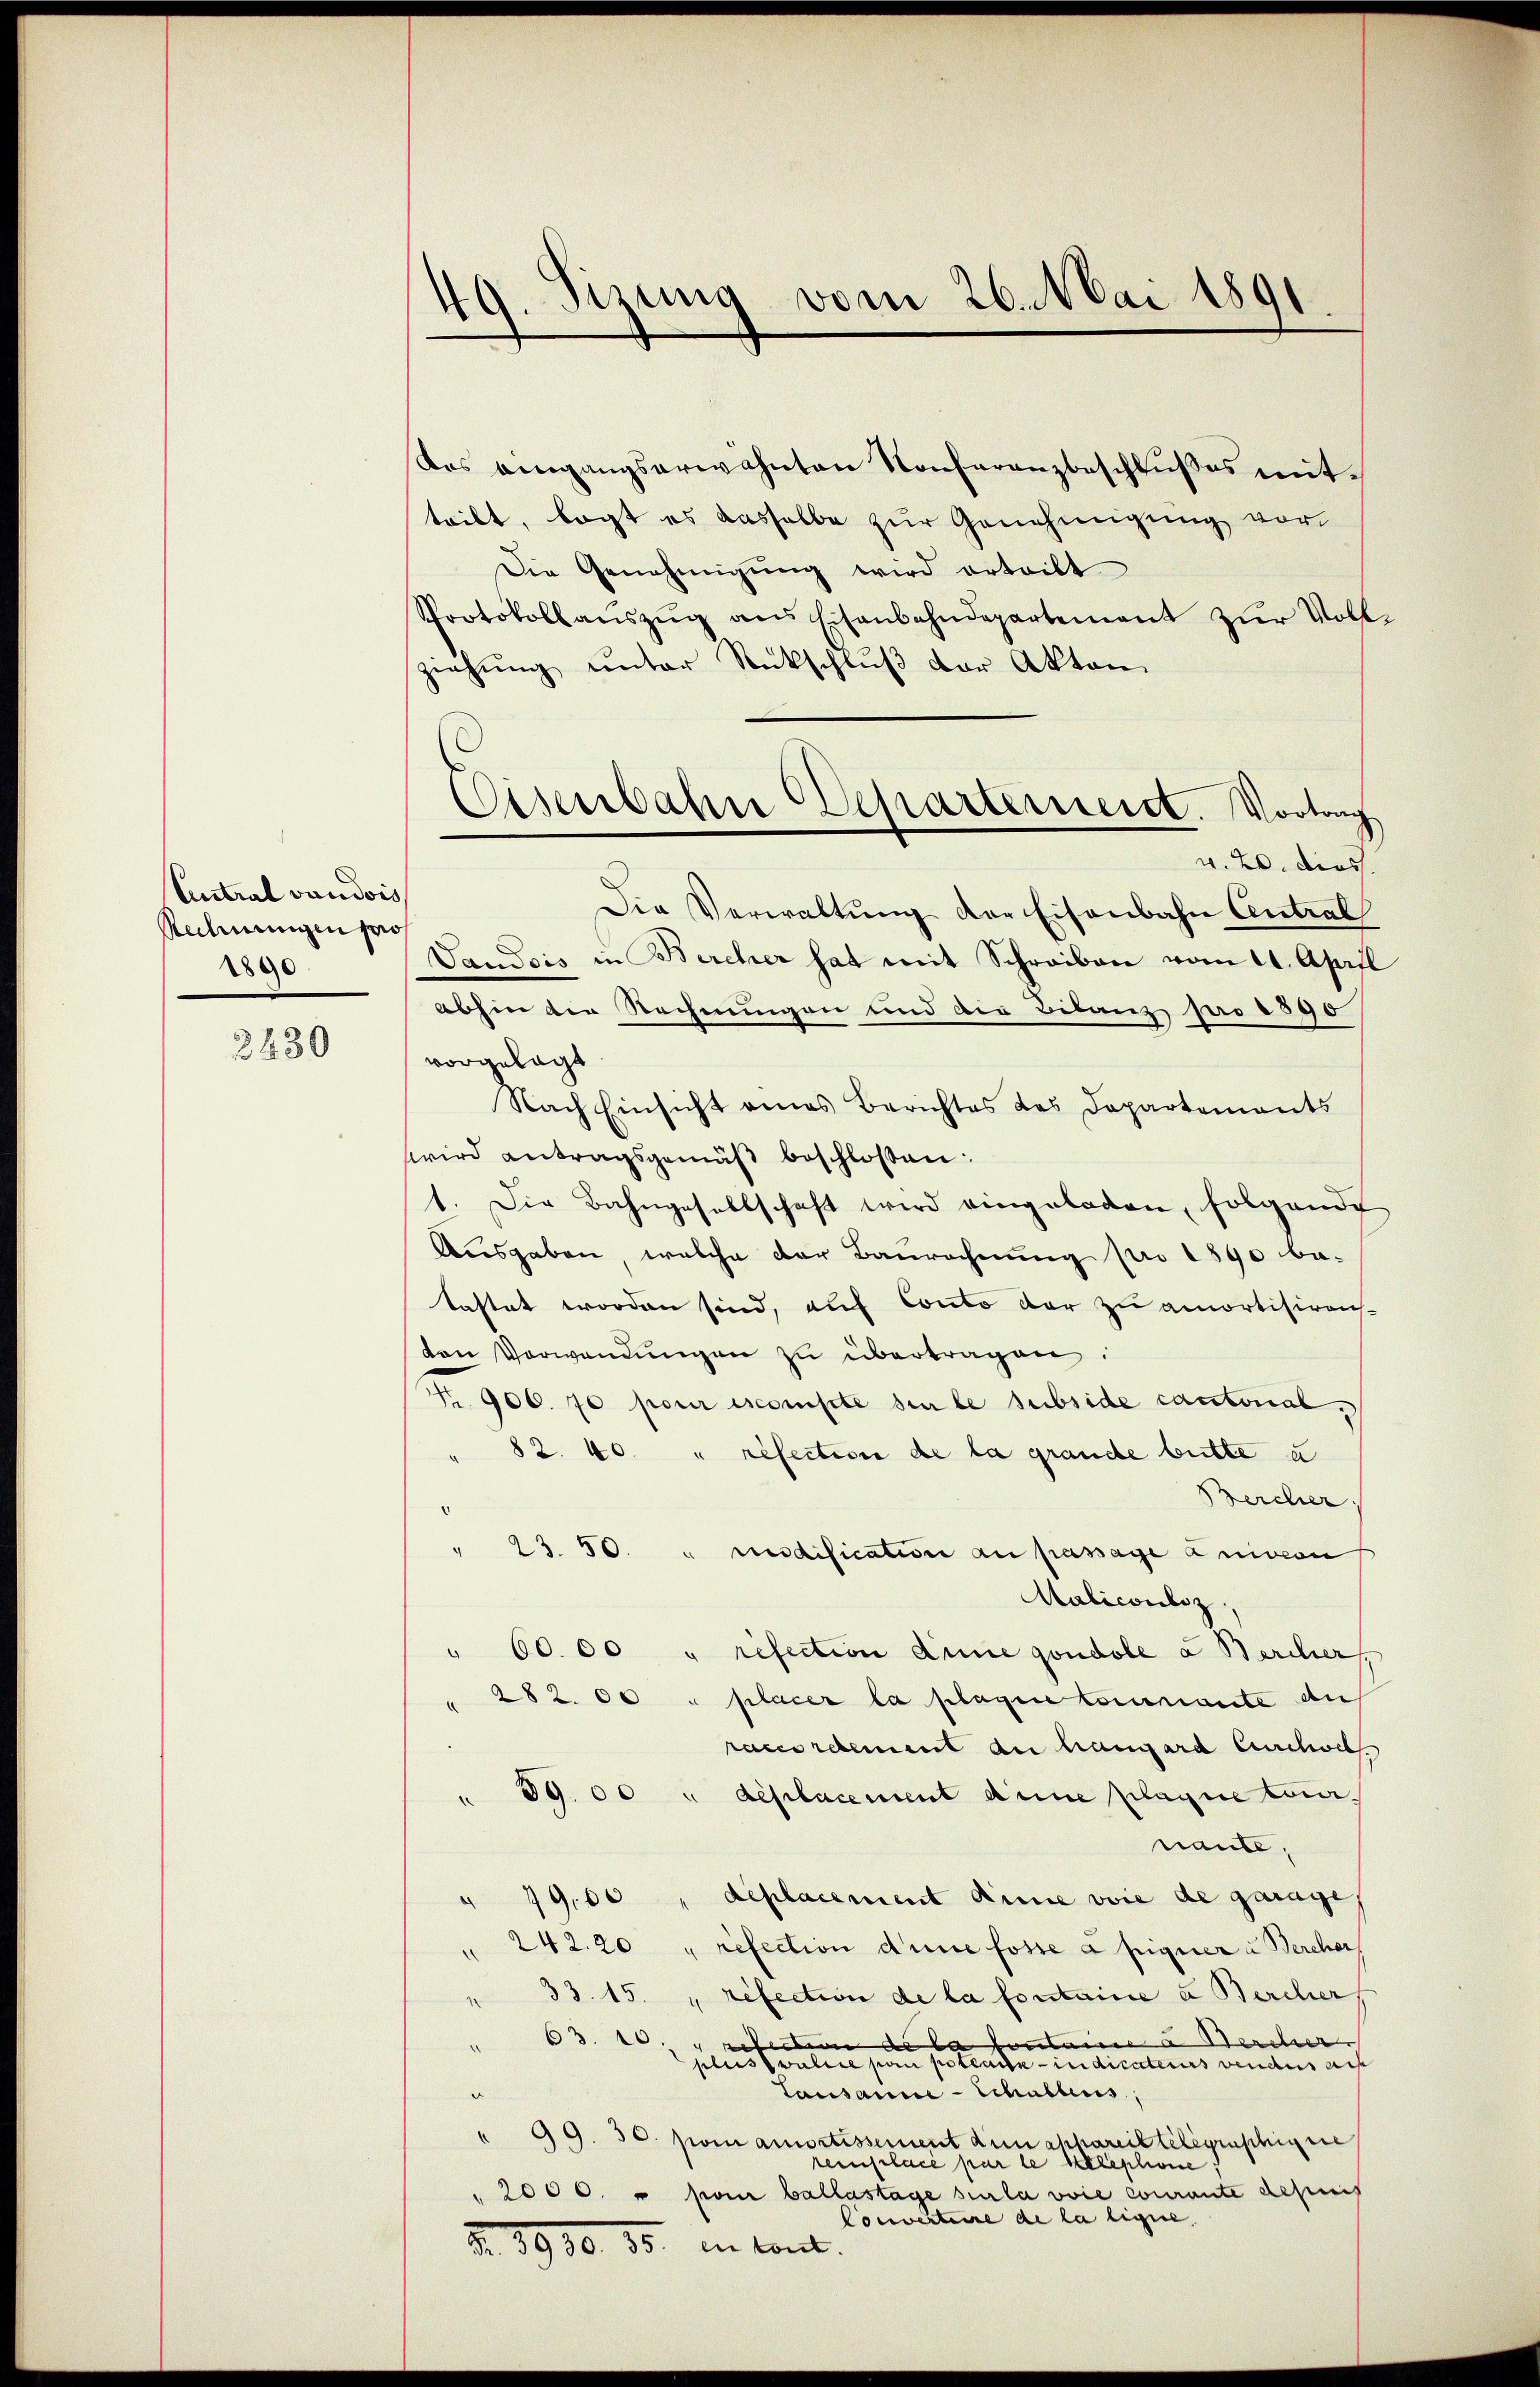
Central vaudois
Rechnungen pro
1800

3430

49. Sizung vom 26. Mai 1891
.

das Umgangserwähnten Konferenzbeschlußes mitteibt, legt es dasselbe zur Genehmigung vor
Die Genehmigŭng wird ertritt
Protokollaŭszŭg ans Eisenbahndepartement zŭr Voll-
ziehŭng ŭnter Rückschlŭβ der Akten
v. 20. dies
Die Verwaltŭng der Eisenbahn Central
Vaudois in Bercher hat mit Schreiben vom 11. April
abhin der Rechnungen und die Bilanz pro 1890
vorgelegt
Nach Einsicht eines Berichtes des Departements
wird antragsgemäβ beschlossen:
1. Die Bahngesellschaft wird eingeladen, folgende
Ausgaben, welche der Baurechnung pro 1890 be-
tastet worden sind, auf Conto der zu amortisirenden Verwendungen zu übertragen.
Nr. 906. 70 pour escompte sie le subside cantonal¬
82. 40. " refection de la grande bitte u
Bercher.
" 23. 50. " medification an passage anivion
Halicouliz.
" 60. 00 " refection eine gondole a Bercher,
" 282. 00 " placer la plage tournante aus
races relement du hangard Curchwel
59.00 " deplacement aine planie Locanante,
" 19,00 " deplacement dinie voie de garage,
" 242. 20 " refection dense fosse a pigner u Bercher
" 33. 15. " refection de la fontaire u Bercher
63. 10. u retection de la Contaire u Wercher
.
plus valice pai potraits indicateurs vendes auf
Lausanne - Schables,
" 99. 30. pom amortissement dunckhareil telegraschige
remplacé par le telephonie
 2000. " pom ballastage sur la voie conate depuis
Converteire de la ligne.
§. 3900. 15. in Concl.

Eisenbahne Departerreist. Vortrag